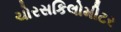
ચોરસકિલોમીટર